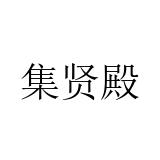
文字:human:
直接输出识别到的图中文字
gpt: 集贤殿